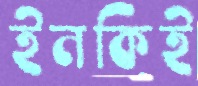
ইনকিই